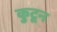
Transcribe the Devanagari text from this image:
कु्टून